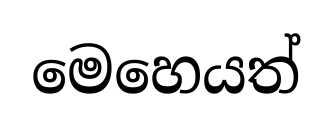
මෙහෙයත්